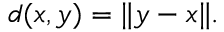
d ( x , y ) = \| y - x \| .